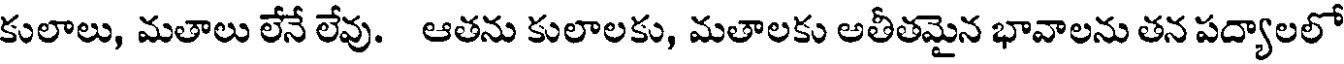
కులాలు, మతాలు లేనే లేవు. ఆతను కులాలకు, మతాలకు అతీతమైన భావాలను తన పద్యాలలో